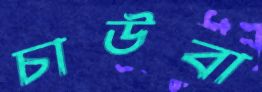
চাউবা